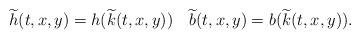
LaTeX: \begin{align*} \widetilde h(t,x,y)=h( \widetilde k(t,x,y))\quad \widetilde b(t,x,y)=b( \widetilde k(t,x,y)). \end{align*}